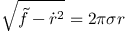
\sqrt { \widetilde f - \dot { r } ^ { 2 } } = 2 \pi \sigma r